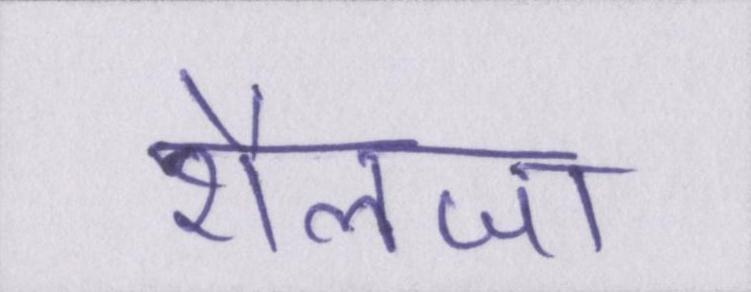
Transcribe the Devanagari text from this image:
शैलजा